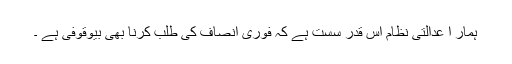
ہمار ا عدالتی نظام اس قدر سست ہے کہ فوری انصاف کی طلب کرنا بھی بیوقوفی ہے ۔